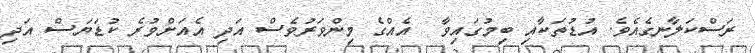
ރަސްކަލާނގެއެވެ. އުޑުތަކާއި ބިމުގައިވާ  އެއްގެ މިންވަރުވެސް އަދި އެއަށްވުރެ ކުޑަޔަސް އަދި